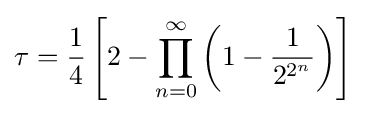
\tau ={\frac {1}{4}}\left[2-\prod _{n=0}^{\infty }\left(1-{\frac {1}{2^{2^{n}}}}\right)\right]